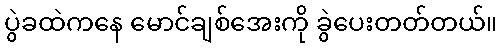
ပွဲခထဲကနေ မောင်ချစ်အေးကို ခွဲပေးတတ်တယ်။